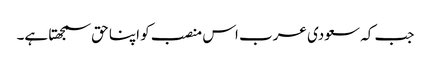
جب کہ سعودی عرب اس منصب کو اپنا حق سمجھتا ہے۔